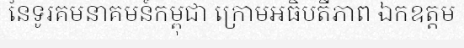
នៃទូរគមនាគមន៍កម្ពុជា ក្រោមអធិបតីភាព ឯកឧត្តម